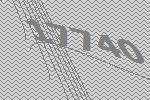
17740